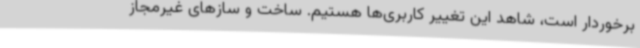
برخوردار است، شاهد این تغییر کاربری‌ها هستیم. ساخت‌ و سازهای غیرمجاز